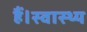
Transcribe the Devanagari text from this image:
हैं।स्वास्थ्य